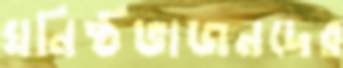
ঘনিষ্ঠভাজনদের